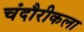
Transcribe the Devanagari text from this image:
चंदौरीकला